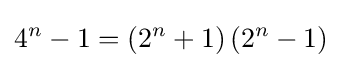
4^{n}-1=\left(2^{n}+1\right)\left(2^{n}-1\right)